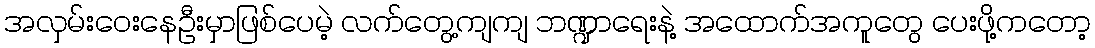
အလှမ်းဝေးနေဦးမှာဖြစ်ပေမဲ့ လက်တွေ့ကျကျ ဘဏ္ဍာရေးနဲ့ အထောက်အကူတွေ ပေးဖို့ကတော့